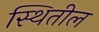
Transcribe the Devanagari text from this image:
स्थितील